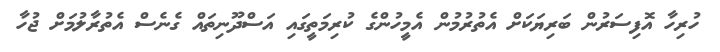
ހުރިހާ އޮފިސަރުން ބަރިޔަކަށް އެތުރުމުން އެމީހުންގެ ކުރިމަތީގައި އަސްދޫނިތައް ގެނެސް އެތުރާލުމަށް ޖުހާ